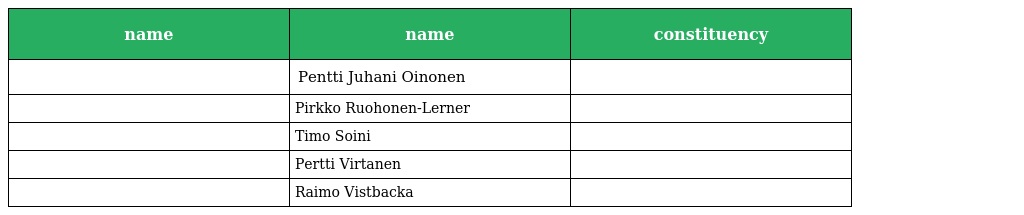
| name | name | constituency |
 | --- | --- | --- |
 |  | Pentti Juhani Oinonen |  |
 |  | Pirkko Ruohonen-Lerner |  |
 |  | Timo Soini |  |
 |  | Pertti Virtanen |  |
 |  | Raimo Vistbacka |  |